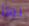
بها